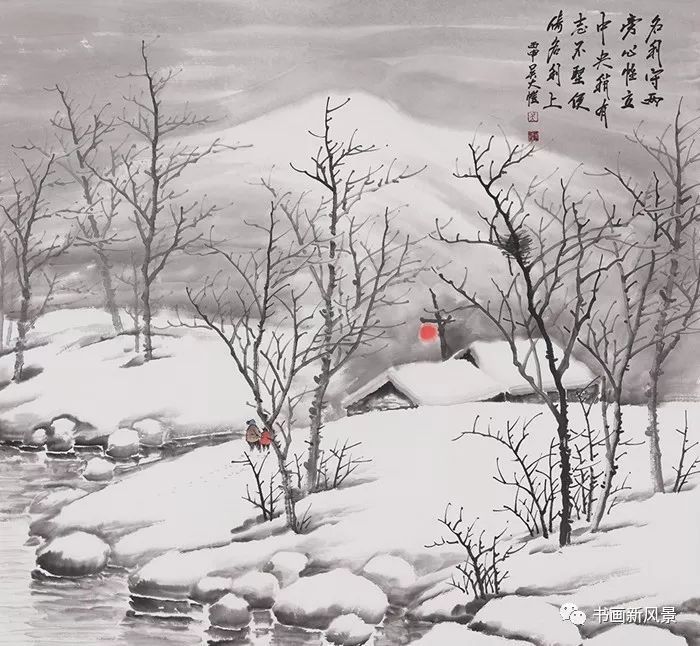
忽如一夜春风来，千树万树梨花开。